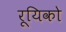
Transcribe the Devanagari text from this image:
रूयिको